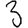
Digit: 3